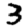
Digit: 3